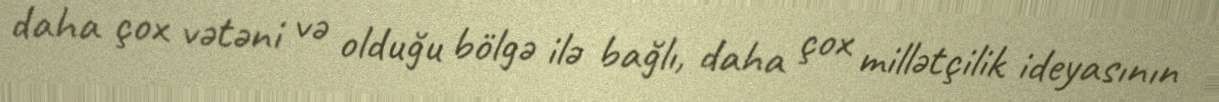
daha çox vətəni və olduğu bölgə ilə bağlı, daha çox millətçilik ideyasının